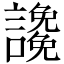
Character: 䜛